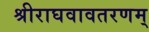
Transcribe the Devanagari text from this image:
श्रीराघवावतरणम्